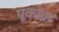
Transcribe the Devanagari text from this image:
पूकोक